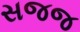
સજજ